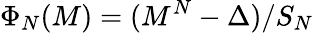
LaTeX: \Phi_{N}(M)=(M^{N}-\Delta)/S_{N}